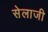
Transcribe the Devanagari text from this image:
सेलाजी